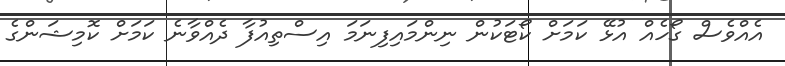
އެއްވެސް ގޯހެއް އުޅޭ ކަމަށް ކޯޓަކުން ނިންމައިފިނަމަ އިސްތިއުފާ ދެއްވާނެ ކަމަށް ކޮމިޝަންގެ